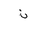
Letter: _non